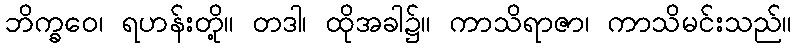
ဘိက္ခဝေ၊ ရဟန်းတို့။ တဒါ၊ ထိုအခါ၌။ ကာသိရာဇာ၊ ကာသိမင်းသည်။